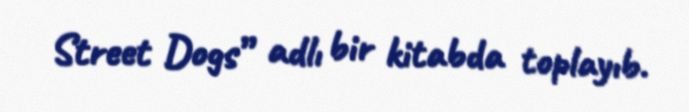
Street Dogs” adlı bir kitabda toplayıb.